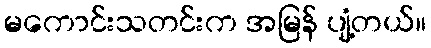
မကောင်းသတင်းက အမြန် ပျံ့တယ်။